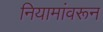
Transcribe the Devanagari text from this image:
नियामांवरून